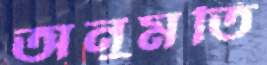
অনুমতি